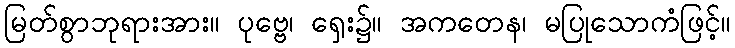
မြတ်စွာဘုရားအား။ ပုဗ္ဗေ၊ ရှေး၌။ အကတေန၊ မပြုသောကံဖြင့်။